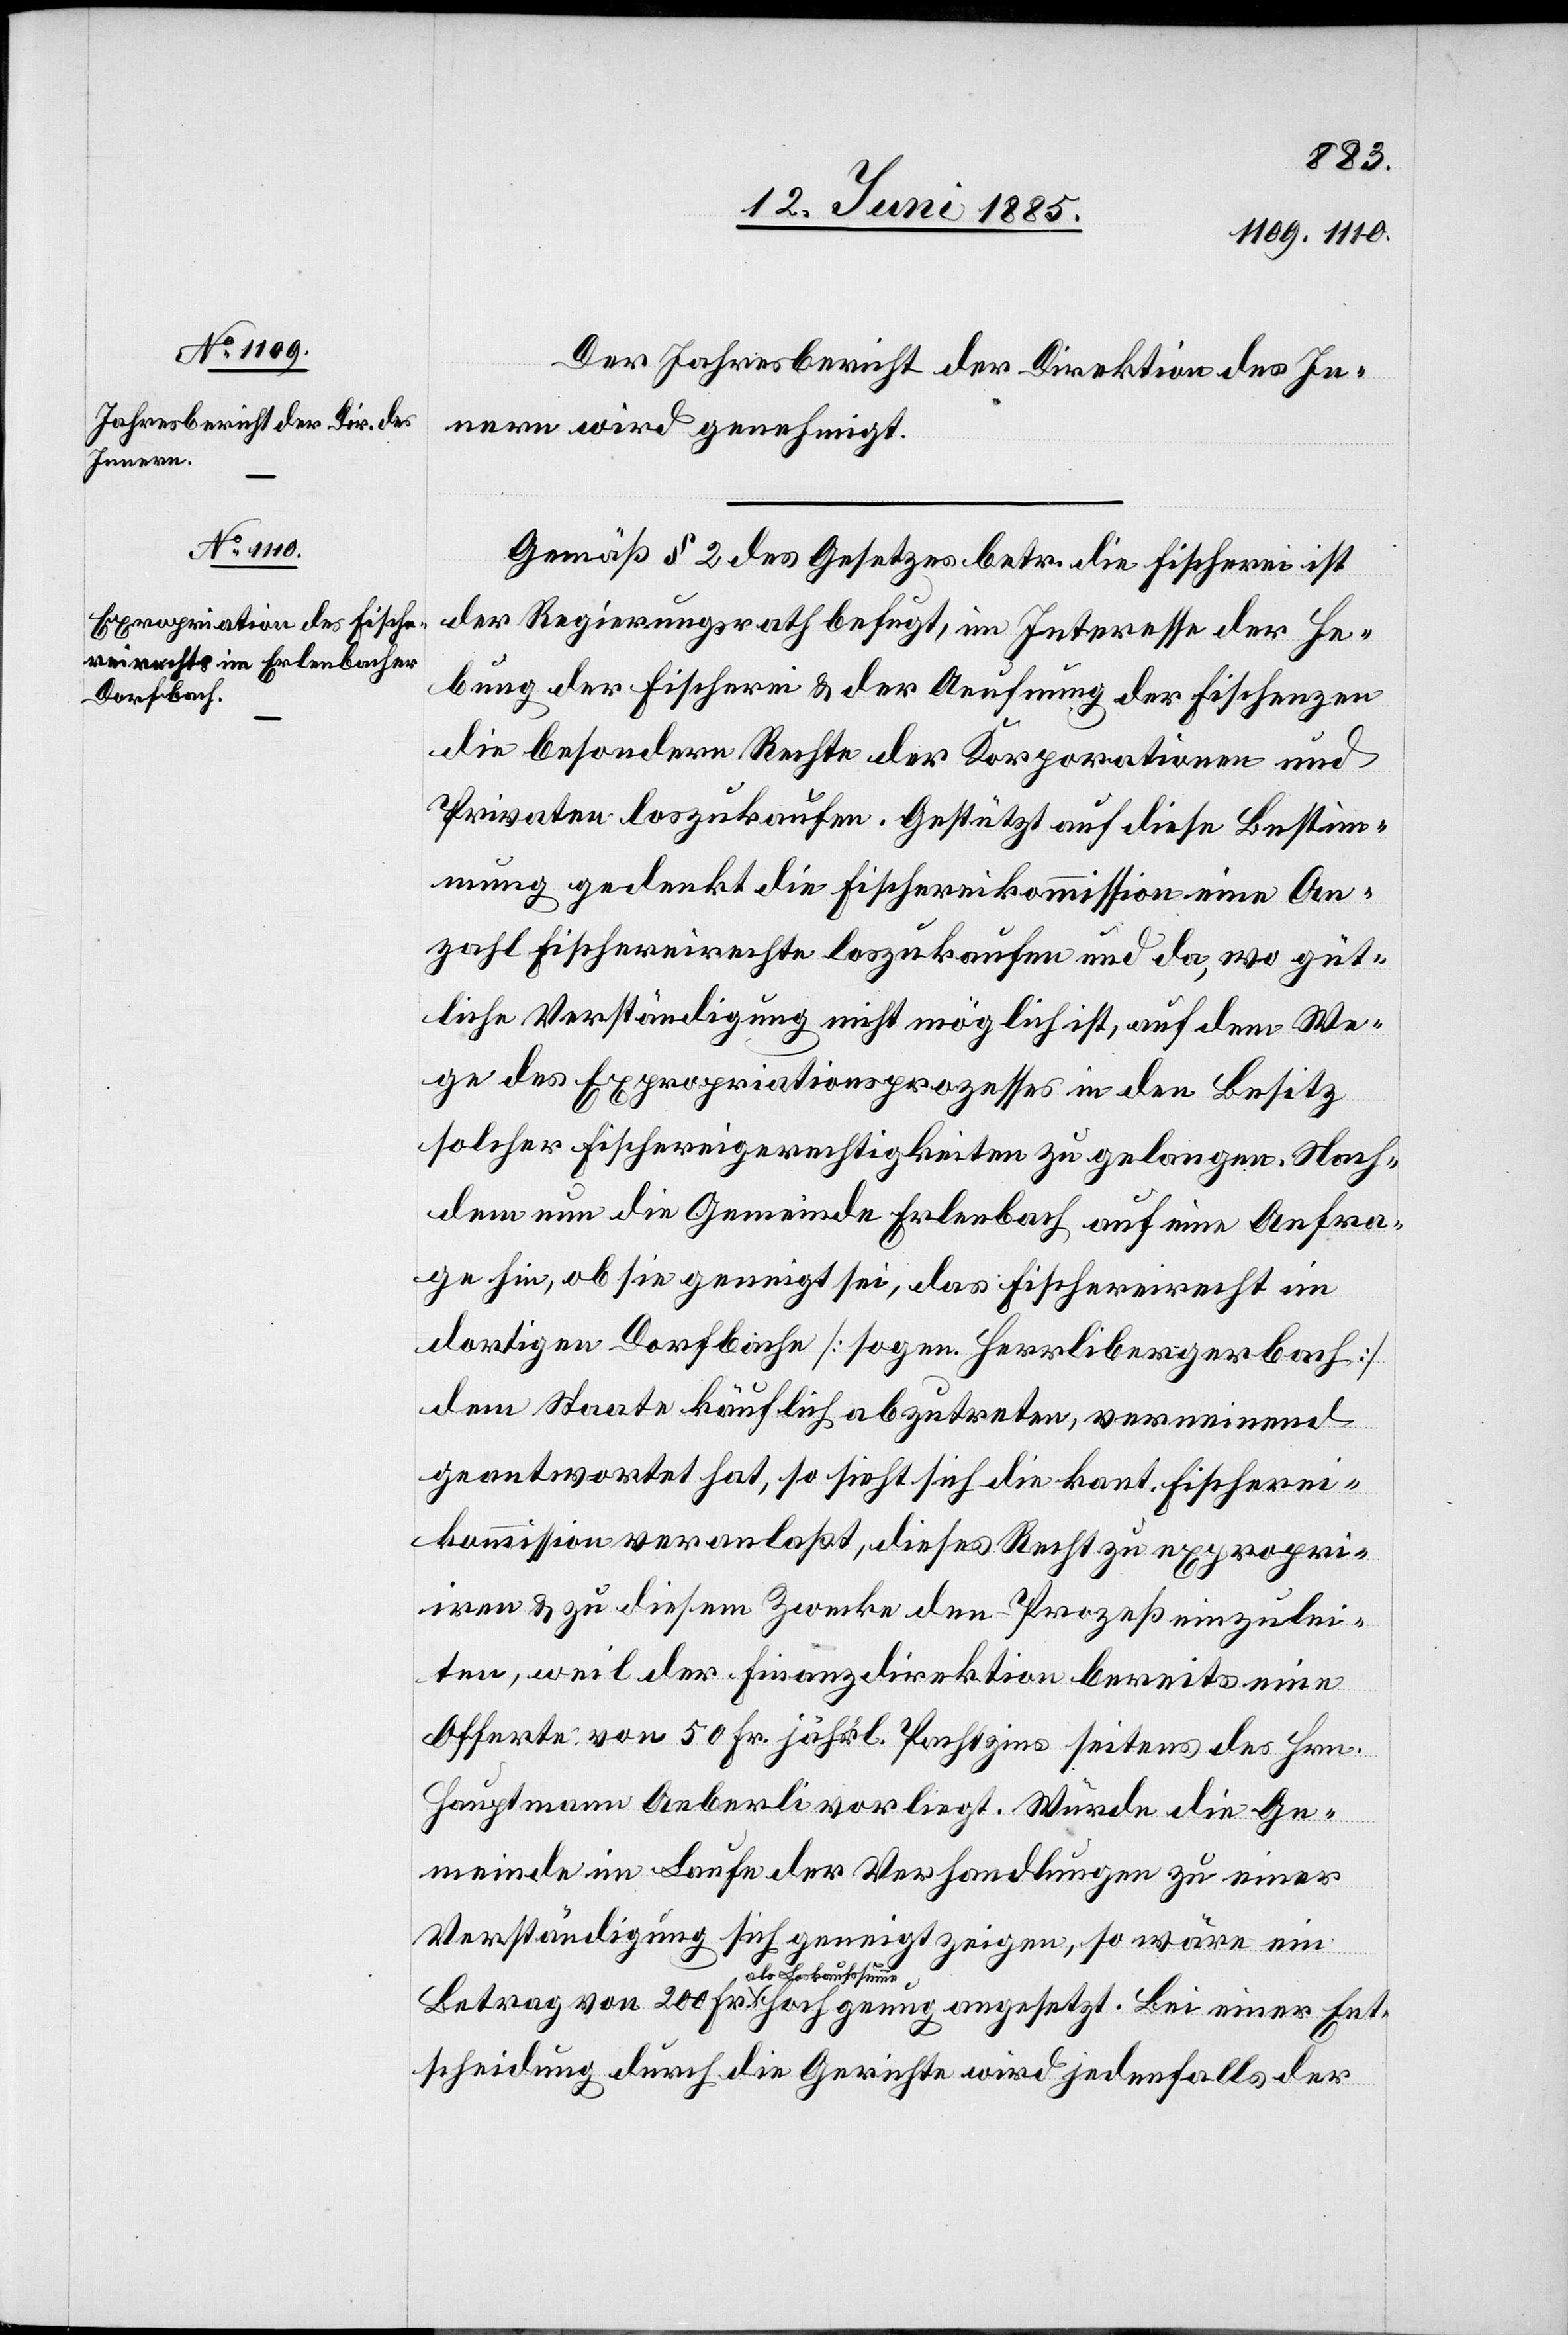
Der Jahresbericht der Direktion des In¬
nern wird genehmigt.
Gemäß § 2 des Gesetzes betr. die Fischerei ist
der Regierungsrath befugt, im Interesse der He¬
bung der Fischerei & der Aeufnung der Fischenzen
die besondern Rechte der Korporationen und
Privaten loszukaufen. Gestützt auf diese Bestim¬
mung gedenkt die Fischereikommission eine An¬
zahl Fischereirechte loszukaufen und da, wo güt¬
liche Verständigung nicht möglich ist, auf dem We¬
ge des Expropriationsprozesses in den Besitz
solcher Fischereigerechtigkeiten zu gelangen. Nach¬
dem nun die Gemeinde Erlenbach auf eine Anfra¬
ge hin, ob sie geneigt sei, das Fischereirecht im
dortigen Dorfbache [sogen. Herrlibergerbach]
dem Staate käuflich abzutreten, verneinend
geantwortet hat, so sieht sich die kant. Fischerei¬
kommission veranlaßt, dieses Recht zu expropri¬
iren & zu diesem Zwecke den Prozeß einzulei¬
ten, weil der Finanzdirektion bereits eine
Offerte von 50 Fr. jährl. Pachtzins seitens des Hrn.
Hauptmann Aeberli vorliegt. Würde die Ge¬
von
meinde im Laufe der Verhandlungen zu einer
Verständigung sich geneigt zeigen, so wäre ein
Ent¬
als Loskaufsumme
scheidung durch die Gerichte wird jedenfalls der